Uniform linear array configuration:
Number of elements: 48
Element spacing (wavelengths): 1
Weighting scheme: hann
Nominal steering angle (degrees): -45
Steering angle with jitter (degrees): -43.248
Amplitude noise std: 0.05
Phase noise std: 0.05

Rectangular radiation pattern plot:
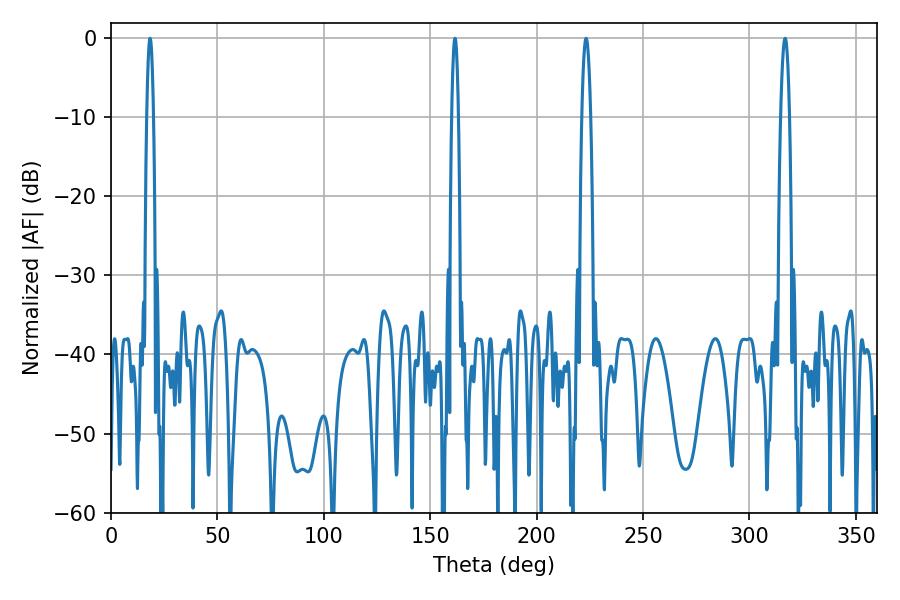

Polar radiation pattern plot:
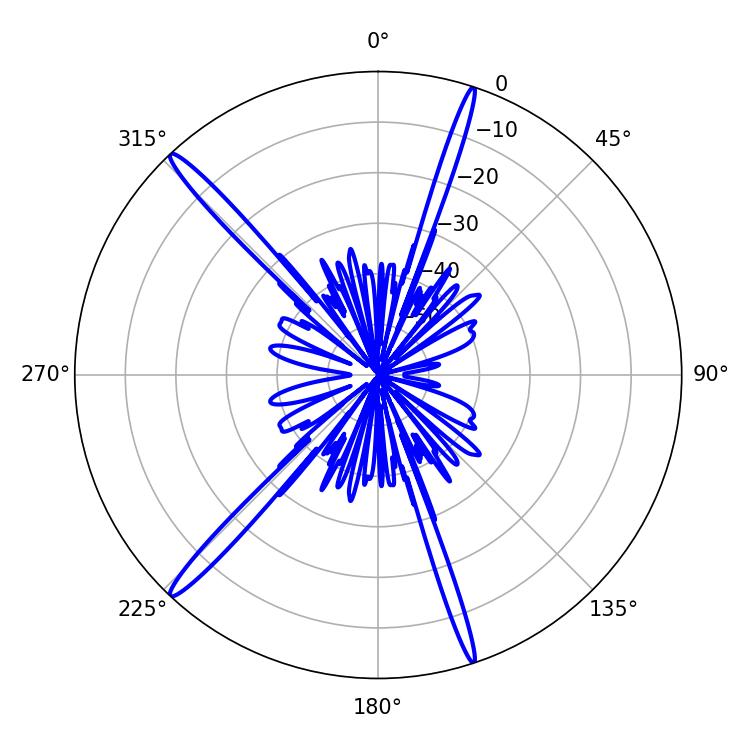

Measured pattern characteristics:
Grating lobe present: TRUE
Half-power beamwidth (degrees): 1.8
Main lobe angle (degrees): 161.64